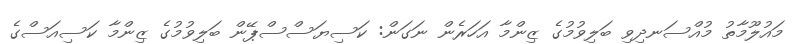
މައުލޫމާތު މުއްސަނދިވި ބަލިވުމުގެ ޒިންމާ އަހަރެން ނަގަން: ކަސިޔަސްސްޕޭން ބަލިވުމުގެ ޒިންމާ ކަސިއަސްގެ